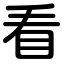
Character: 看